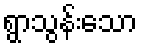
ရွာသွန်းသော